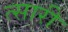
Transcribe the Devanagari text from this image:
त्सारी